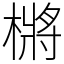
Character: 㯍